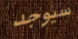
سيوجد